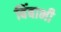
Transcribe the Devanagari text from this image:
बिंबाभी